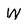
Character: W